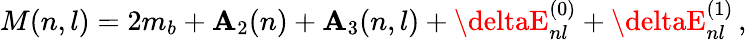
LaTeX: M(n,l)=2m_{b}+\mathbf{A}_{2}(n)+\mathbf{A}_{3}(n,l)+\deltaE_{nl}^{(0)}+\deltaE_{nl}^{(1)}\, ,